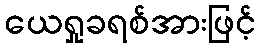
ယေရှုခရစ်အားဖြင့်